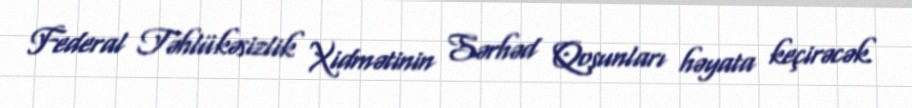
Federal Təhlükəsizlik Xidmətinin Sərhəd Qoşunları həyata keçirəcək.